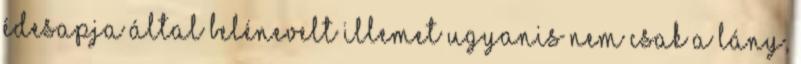
édesapja által belénevelt illemet ugyanis nem csak a lány,